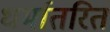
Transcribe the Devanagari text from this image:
धर्मातरित